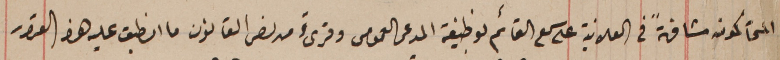
المحاكمون مشافهةً فى العلانية على سمع القائم بوظيفة المدعى العمومى وقرىءَ من نص القانون ما انطبق عليه هذا القرار